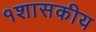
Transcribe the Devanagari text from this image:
१शासकीय